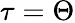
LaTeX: \tau=\Theta